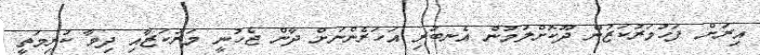
އިރަށް ފަހުމަރުކަޒުން ދޫކޮށްލުމުން އެނބުރި އަހަރެންނަށް ދާން ޖެހުނީ މަރުކަޒާއި ދިމާ ކުރިމަތީ